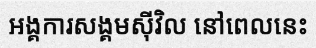
អង្គការសង្គមស៊ីវិល នៅពេលនេះ